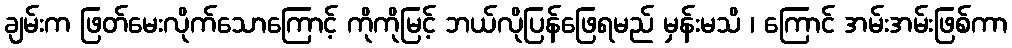
ချမ်းက ဖြတ်မေးလိုက်သောကြောင့် ကိုကိုမြင့် ဘယ်လိုပြန်ဖြေရမည် မှန်းမသိ ၊ ကြောင် အမ်းအမ်းဖြစ်ကာ